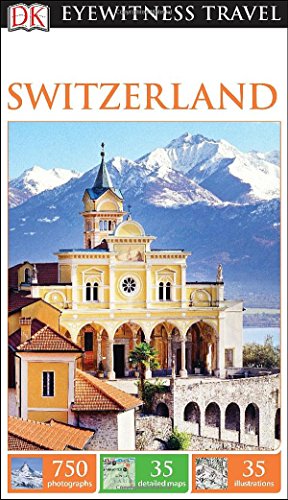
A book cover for DK Eyewitness Travel Guide: Switzerland; DK Publishing; Travel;